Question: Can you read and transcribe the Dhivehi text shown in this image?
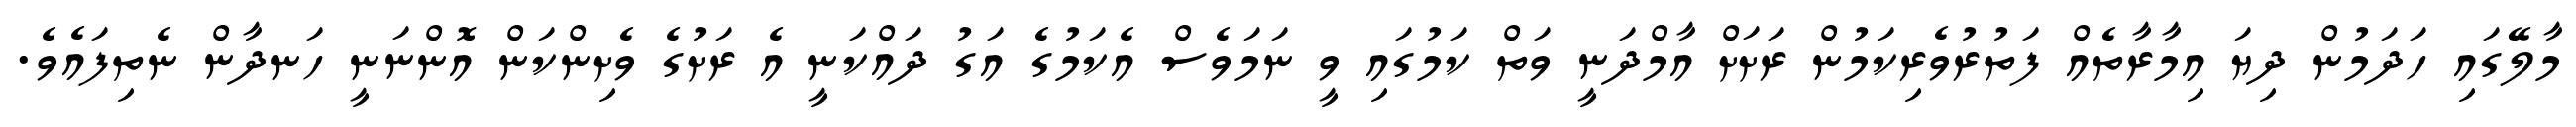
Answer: މާލޭގައި ހަދަމުން ދިޔަ އިމާރާތެއް ފަތުރުވެރިކަމުން ރަށަށް އާމްދަނީ ވަތް ކަމުގައި ވީ ނަމަވެސް އެކަމުގެ އަގު ދައްކަނީ އެ ރަށުގެ ވެށިންކަން އޮންނަނީ ހަނދާން ނެތިފައެވެ.